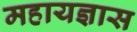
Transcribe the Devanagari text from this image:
महायज्ञास